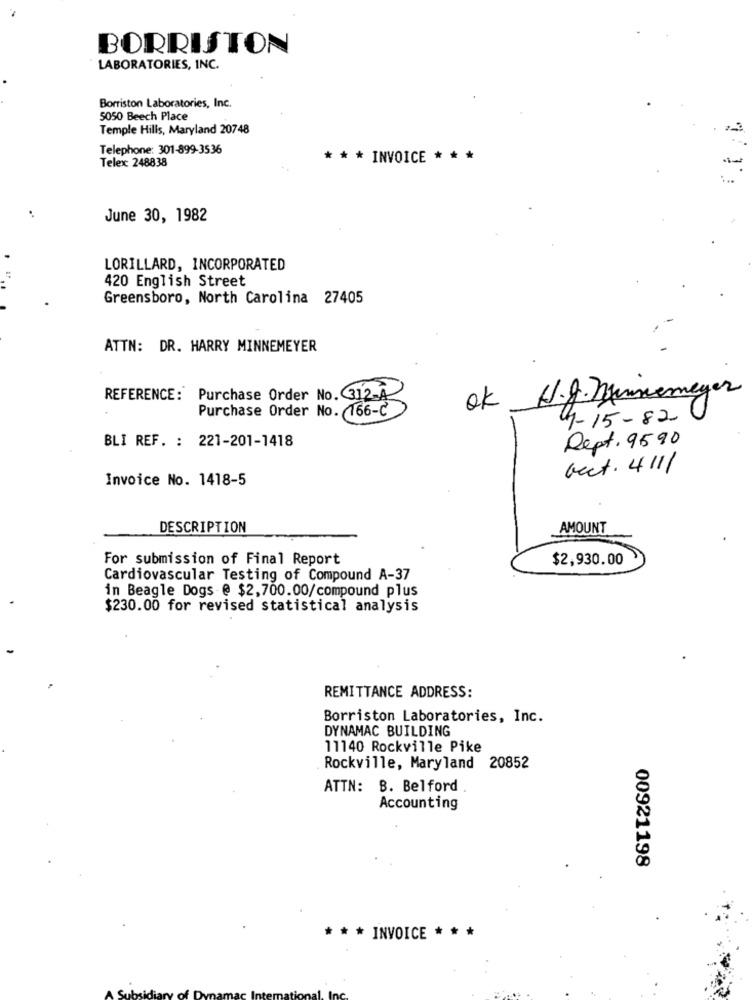
BORRISTON
LABORATORIES, INC.
Borriston Laboratories, Inc.
5050 Beech Place
Temple Hills, Maryland 20748
Telephone: 301-899-3536
Telex: 248838
* * * INVOICE * **
June 30, 1982
LORILLARD, INCORPORATED
420 English Street
Greensboro, North Carolina 27405
ATTN: DR. HARRY MINNEMEYER
REFERENCE: Purchase Order No. 312-A
ok H.g. niemeyer
Purchase Order No. (166-2
4-15-82
BLI REF. : 221-201-1418
Dept. 9590
Gect. 411/
Invoice No. 1418-5
DESCRIPTION
AMOUNT
For submission of Final Report
$2,930.00
Cardiovascular Testing of Compound A-37
in Beagle Dogs @ $2,700.00/compound plus
$230.00 for revised statistical analysis
REMITTANCE ADDRESS:
Borriston Laboratories, Inc.
DYNAMAC BUILDING
11140 Rockville Pike
Rockville, Maryland 20852
ATTN: B. Belford
Accounting
00921198
* * * INVOICE * * *